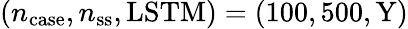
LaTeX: (n_{\mathrm{case}},n_{\mathrm{ss}},\mathrm{{LSTM})=(100,500,Y)}